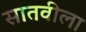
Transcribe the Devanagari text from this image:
सातवीला